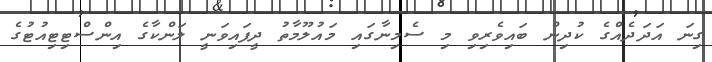
ގިނަ އަދަދެއްގެ ކުދިން ބައިވެރިވި މި ސެމިނާގައި މައުލޫމާތު ދީފައިވަނީ ލަންކާގެ އިންސްޓިޓިއުޓުގެ